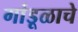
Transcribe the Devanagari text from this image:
गांडूळाचे